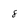
Character: 8